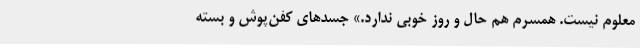
معلوم نیست. همسرم هم حال و روز خوبی ندارد.» جسدهای کفن‌پوش و بسته